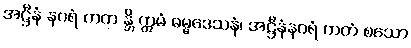
အဋ္ဌီနံ နဂရံ ကတ န္တိ ဣမံ ဓမ္မဒေသနံ၊ အဋ္ဌီနံနဂရံ ကတံ စသော